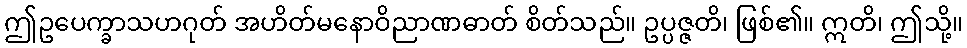
ဤဥပေက္ခာသဟဂုတ် အဟိတ်မနောဝိညာဏဓာတ် စိတ်သည်။ ဥပ္ပဇ္ဇတိ၊ ဖြစ်၏။ ဣတိ၊ ဤသို့။